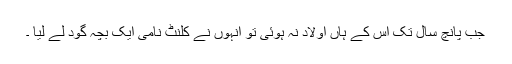
جب پانچ سال تک اس کے ہاں اولاد نہ ہوئی تو انہوں نے کلنٹ نامی ایک بچہ گود لے لیا ۔